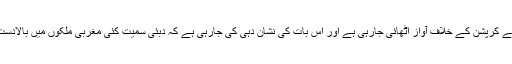
پاکستان کے بعض حلقوں کی طرف سے ایک عرصے سے کرپشن کے خلاف آواز اٹھائی جارہی ہے اور اس بات کی نشان دہی کی جارہی ہے کہ دبئی سمیت کئی مغربی ملکوں میں بالادست طبقات نے اربوں روپوں کی جائیدادیں خرید رکھی ہیں۔